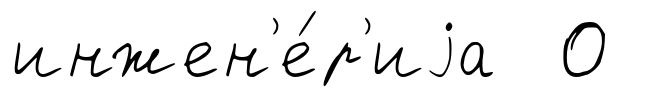
инжен'е́р'иjа 0